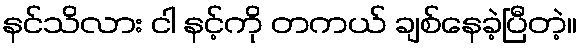
နင်သိလား ငါ နင့်ကို တကယ် ချစ်နေခဲ့ပြီတဲ့။